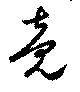
竟